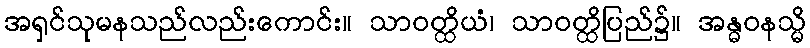
အရှင်သုမနသည်လည်းကောင်း။ သာဝတ္ထိယံ၊ သာဝတ္ထိပြည်၌။ အန္ဓဝနသ္မိ